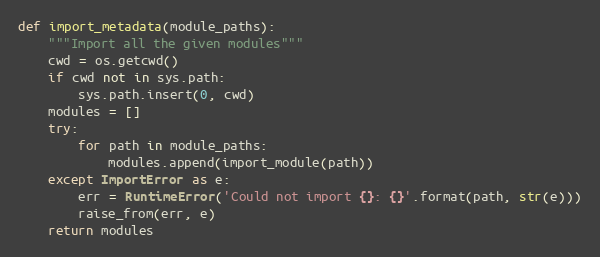
Language: Python
def import_metadata(module_paths):
    """Import all the given modules"""
    cwd = os.getcwd()
    if cwd not in sys.path:
        sys.path.insert(0, cwd)
    modules = []
    try:
        for path in module_paths:
            modules.append(import_module(path))
    except ImportError as e:
        err = RuntimeError('Could not import {}: {}'.format(path, str(e)))
        raise_from(err, e)
    return modules